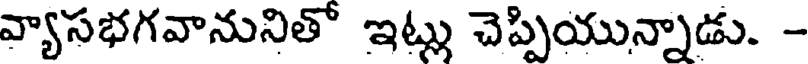
వ్యాసభగవానునితో ఇట్లు చెప్పియున్నాడు. -